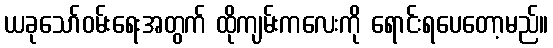
ယခုသော်ဝမ်းရေးအတွက် ထိုကျမ်းကလေးကို ရောင်းရပေတော့မည်။